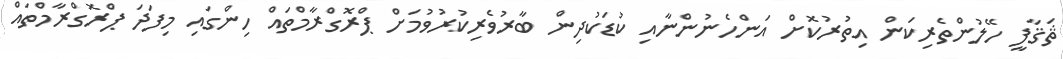
ޘަޤާފީ ހޭލުންތެރިކަން އިތުރުކޮށް އަންހެނުންނާއި ކުޑަކުދިން ބާރުވެރިކުރުވުމަށް ޕްރޮގްރާމްތައް ހިންގައި މިފަދަ ޕްރޮގްރާމްތައް